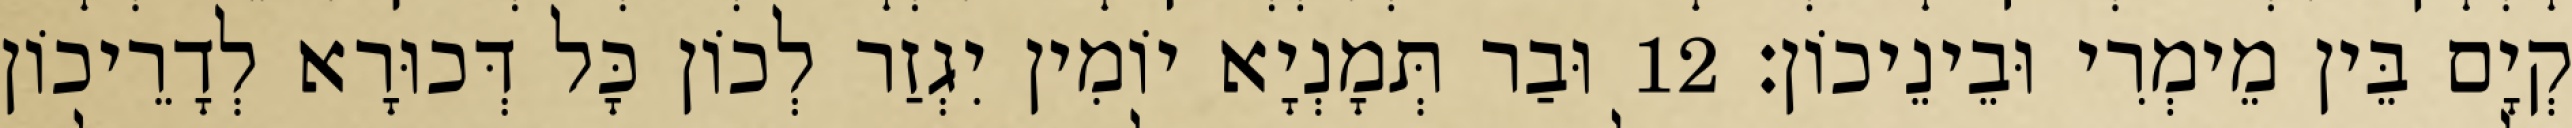
קְיָם בֵּין מֵימְרִי וּבֵינֵיכוֹן׃ 12 וּבַר תְּמָנְיָא יוֹמִין יִגְזַר לְכוֹן כָּל דְּכוּרָא לְדָרֵיכוֹן